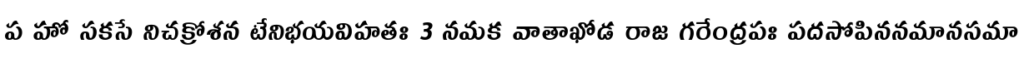
ప హో సకసే నిచక్రోశన టేనిభయవిహతః 3 నమక వాతాఖోడ రాజ గరేంద్రపః పదసోపిననమానసమా